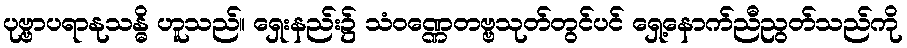
ပုဗ္ဗာပရာနုသန္ဓိ ဟူသည်။ ရှေးနည်း၌ သံဝဏ္ဏေတဗ္ဗသုတ်တွင်ပင် ရှေ့နောက်ညီညွတ်သည်ကို